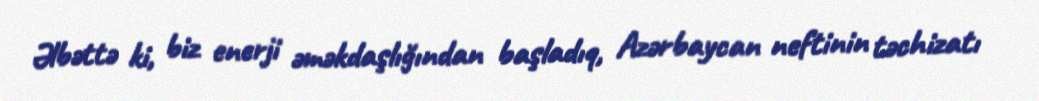
Əlbəttə ki, biz enerji əməkdaşlığından başladıq, Azərbaycan neftinin təchizatı